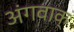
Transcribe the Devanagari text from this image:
अंगवाक्